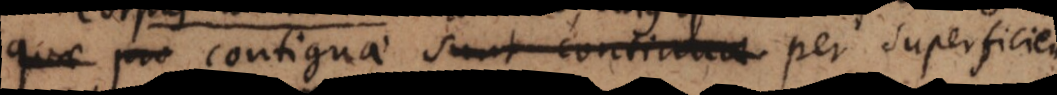
quae pro contiguae sunt continuae per superficiem,